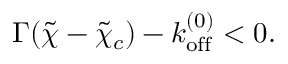
\begin{array} { r } { \Gamma ( \tilde { \chi } - \tilde { \chi } _ { c } ) - k _ { \mathrm { o f f } } ^ { ( 0 ) } < 0 . } \end{array}